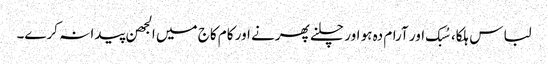
لباس ہلکا، سُبک اور آرام دہ ہو اور چلنے پھرنے اور کام کاج میں الجھن پیدا نہ کرے۔